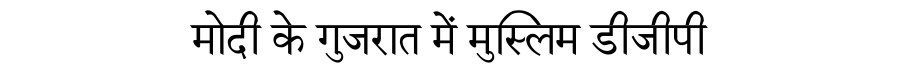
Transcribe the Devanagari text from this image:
मोदी के गुजरात में मुस्लिम डीजीपी